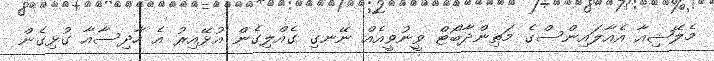
މެލޭޝިއާ އެއާލައިންސްގެ މަތިންދާބޯޓް ވީނުވީއެއް ނޭނގި ގެއްލިގެން އުޅޭއިރު އެ ހާދިސާއާ ގުޅިގެން